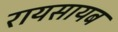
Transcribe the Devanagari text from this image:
रायसायब